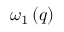
\omega _ { 1 } \left( q \right)